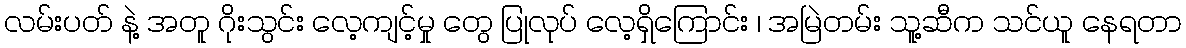
လမ်းပတ် နဲ့ အတူ ဂိုးသွင်း လေ့ကျင့်မှု တွေ ပြုလုပ် လေ့ရှိကြောင်း ၊ အမြဲတမ်း သူ့ဆီက သင်ယူ နေရတာ